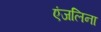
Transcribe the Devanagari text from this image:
एंजलिना